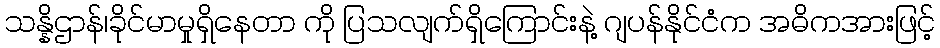
သန္နိဌာန်၊ခိုင်မာမှုရှိနေတာ ကို ပြသလျက်ရှိကြောင်းနဲ့ ဂျပန်နိုင်ငံက အဓိကအားဖြင့်